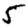
Digit: 5